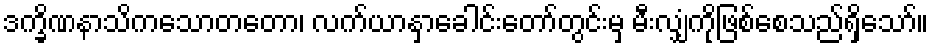
ဒက္ခိဏနာသိကသောတတော၊ လက်ယာနှာခေါင်းတော်တွင်းမှ မီးလျှံကိုဖြစ်စေသည်ရှိသော်။